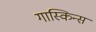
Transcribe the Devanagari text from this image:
गास्किन्स